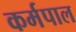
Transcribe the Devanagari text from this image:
कर्मपाल